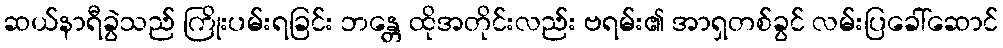
ဆယ်နာရီခွဲသည် ကြိုးပမ်းရခြင်း ဘန္တေ ထိုအတိုင်းလည်း ဗရမ်း၏ အာရှတစ်ခွင် လမ်းပြခေါ်ဆောင်